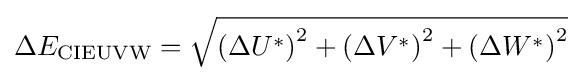
\Delta E_{\text{CIEUVW}}={\sqrt {\left(\Delta U^{*}\right)^{2}+\left(\Delta V^{*}\right)^{2}+\left(\Delta W^{*}\right)^{2}}}